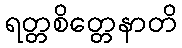
ရတ္တစိတ္တေနာတိ